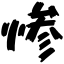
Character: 惨